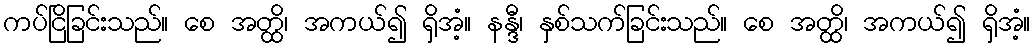
ကပ်ငြိခြင်းသည်။ စေ အတ္ထိ၊ အကယ်၍ ရှိအံ့။ နန္ဒီ၊ နှစ်သက်ခြင်းသည်။ စေ အတ္ထိ၊ အကယ်၍ ရှိအံ့။